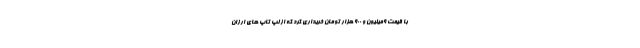
با قیمت 9میلیون و 900 هزار تومان خریداری کرد که از لپ تاپ های ارزان